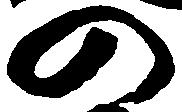
の